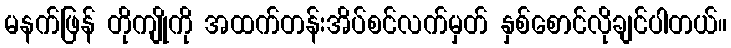
မနက်ဖြန် တိုကျိုကို အထက်တန်းအိပ်စင်လက်မှတ် နှစ်စောင်လိုချင်ပါတယ်။